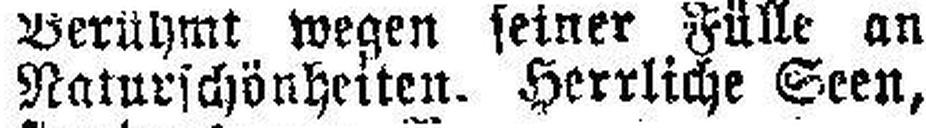
Naturschönheiten. Herrliche Seen,